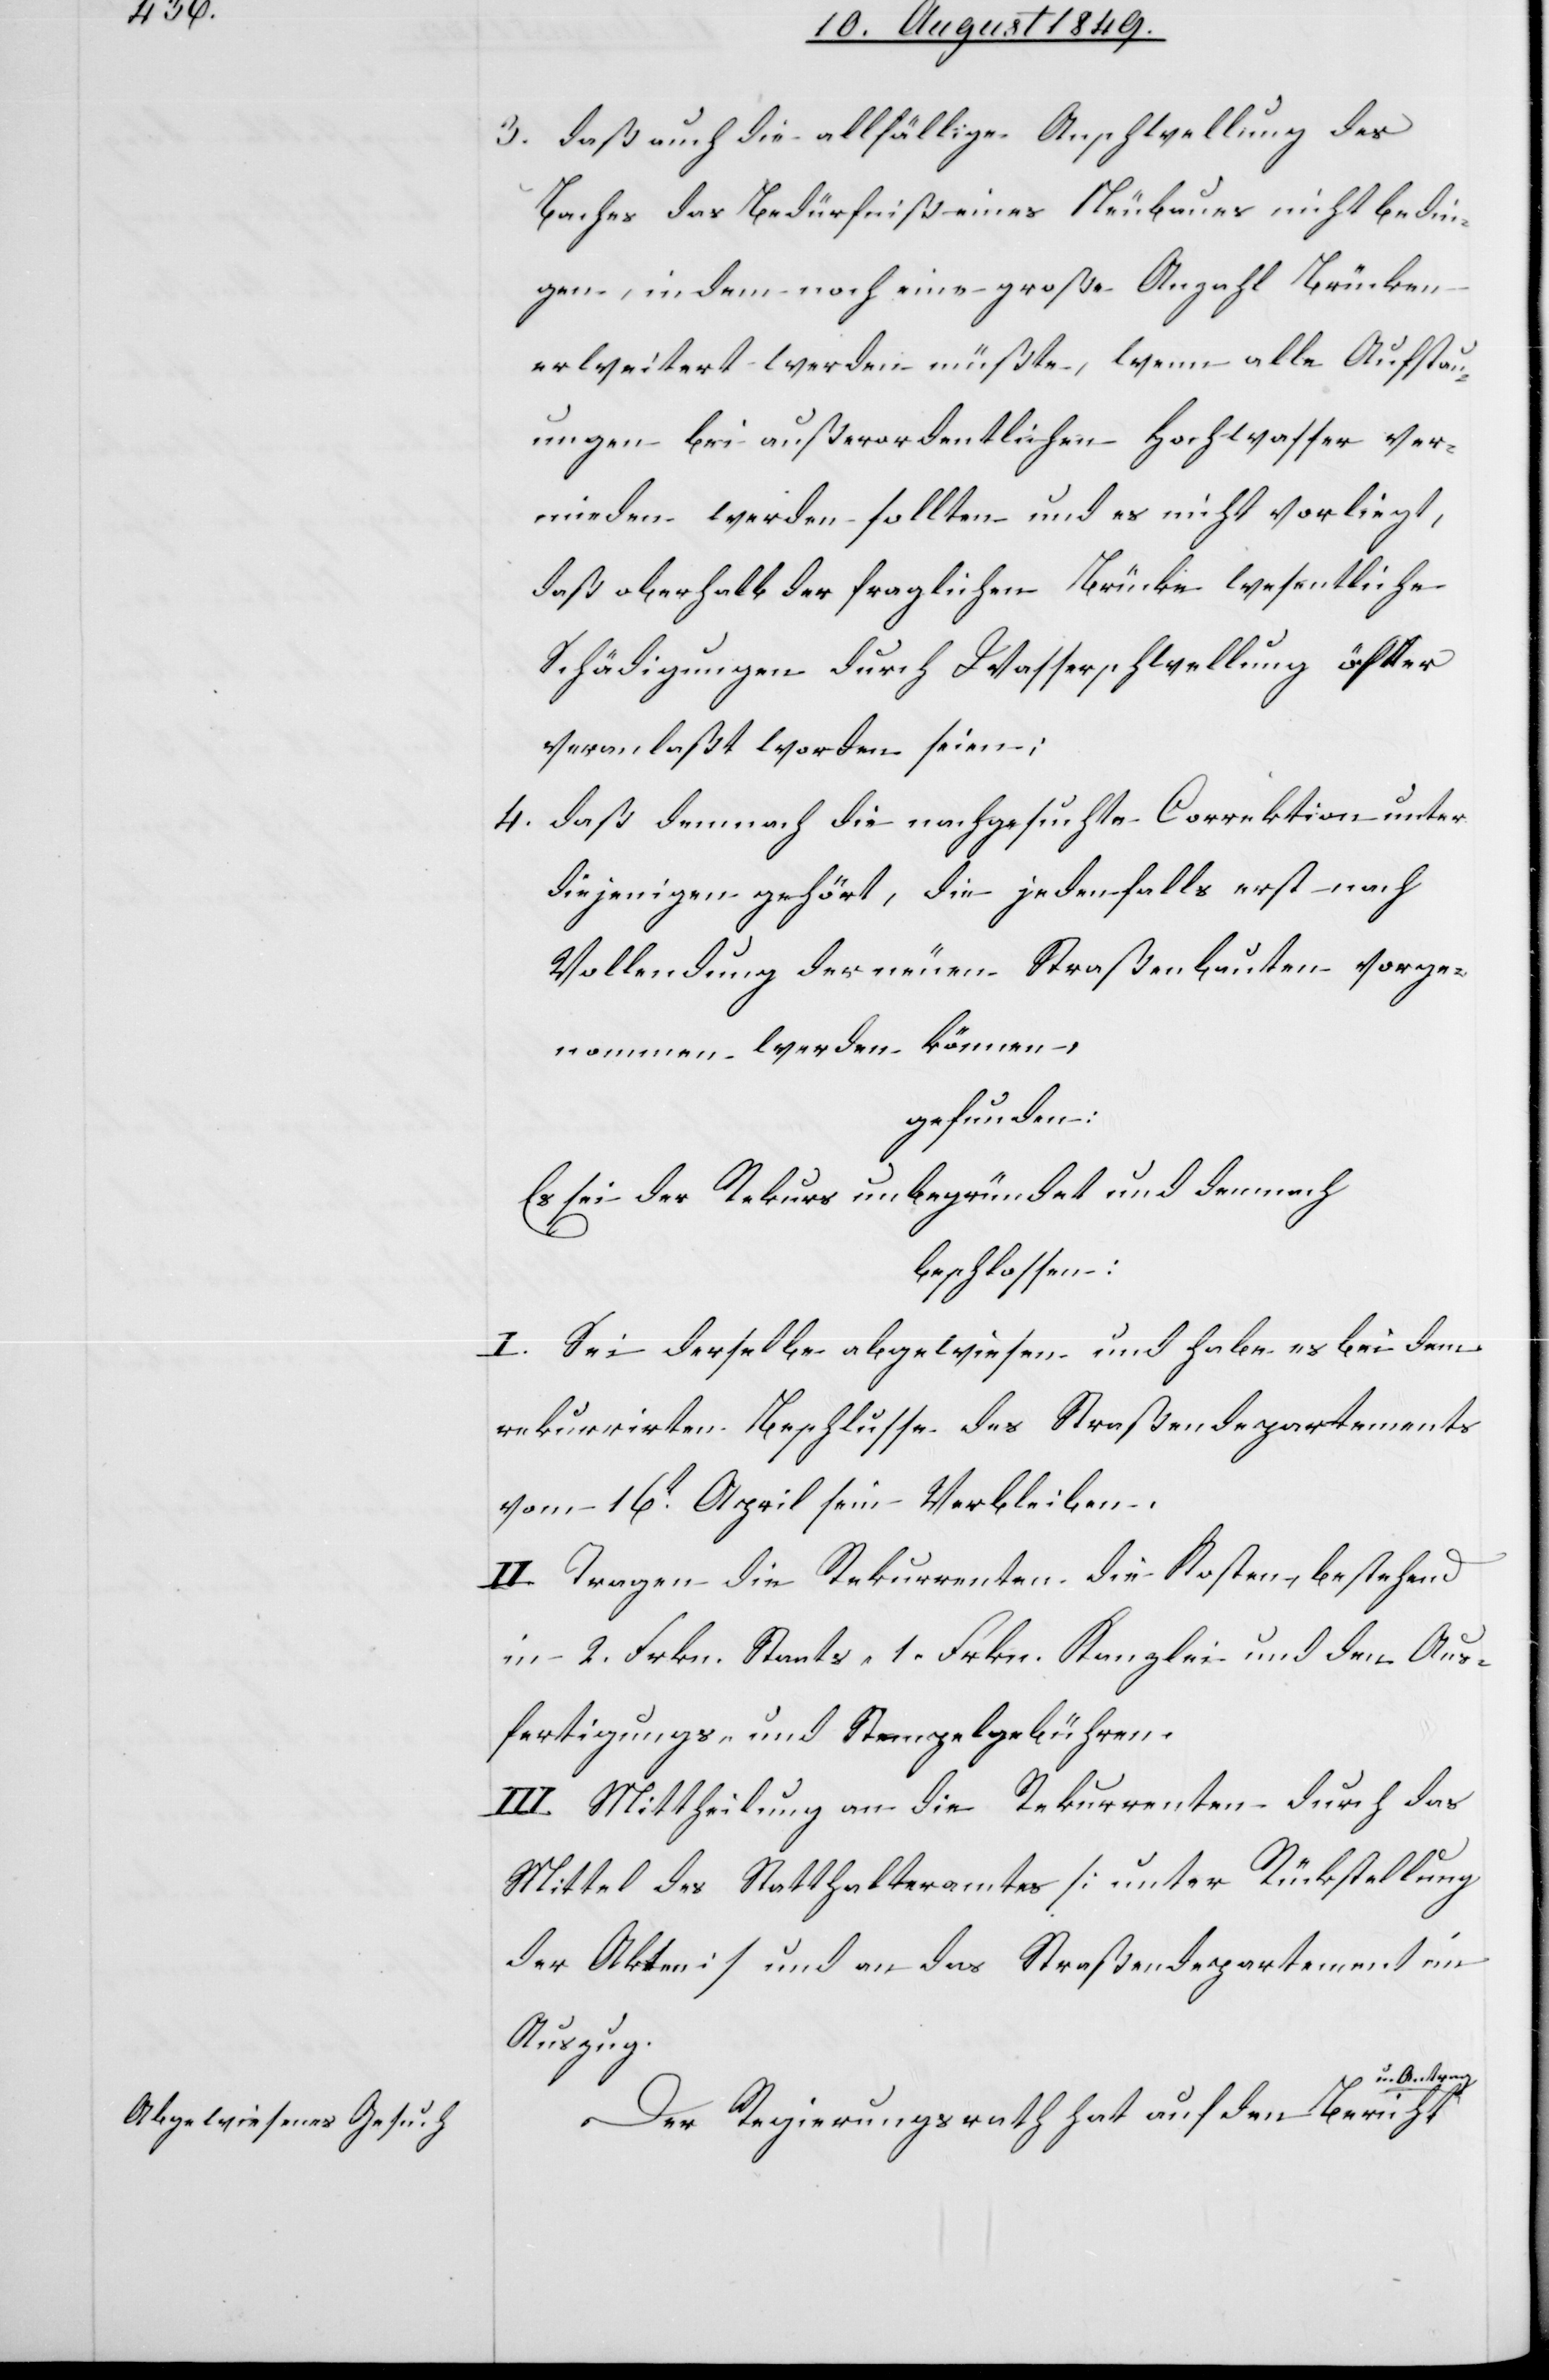
3. daß auch die allfällige Anschwellung des
Baches das Bedürfniß eines Neubaues nicht bedin¬
gen, indem noch eine große Anzahl Brücken
erweitert werden müßte, wenn alle Aufstau¬
ungen bei außerordentlichen Hochwasser ver¬
mieden werden sollten und es nicht vorliegt,
daß oberhalb der fraglichen Brücke wesentliche
Schädigungen durch Wasserschwellung öfter
veranlaßt worden seien:
4. daß demnach die nachgesuchte Correktion unter
diejenigen gehört, die jedenfalls erst nach
Vollendung der neuen Straßenbauten vorge¬
nommen werden können,
gefunden:
Es sei der Rekurs unbegründet und demnach
beschlossen:
I. Sei derselbe abgewiesen und habe es bei dem
rekurrirten Beschlusse des Straßendepartements
vom 16t April sein Verbleiben.
II. Tragen die Rekurrenten die Kosten, bestehend
in 2. Frkn. Staats- 1. Frkn. Kanzlei- und den Aus¬
fertigungs- und Stempelgebühren.
III. Mittheilung an die Rekurrenten durch das
Mittel des Statthalteramtes [unter Rückstellung
der Akten] und an das Straßendepartement im
Auszug.
Der Regierungsrath hat auf den Bericht